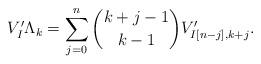
LaTeX: \begin{align*}V'_I\Lambda_k = \sum_{j=0}^n \binom{k+j-1}{k-1}V'_{I[n-j],k+j}.\end{align*}